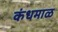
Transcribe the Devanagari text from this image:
कंधमाळ